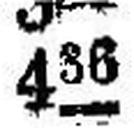
436